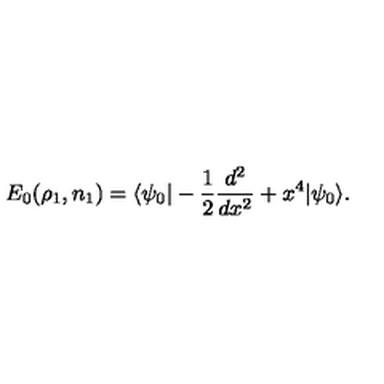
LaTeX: E _ { 0 } ( \rho _ { 1 } , n _ { 1 } ) = \langle \psi _ { 0 } | - \frac { 1 } { 2 } \frac { d ^ { 2 } } { d x ^ { 2 } } + x ^ { 4 } | \psi _ { 0 } \rangle .